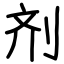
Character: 剂